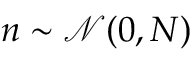
n \sim \mathcal { N } ( 0 , N )